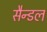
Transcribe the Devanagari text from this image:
सैन्डल